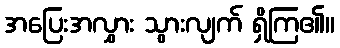
အပြေးအလွှား သွားလျက် ရှိကြ၏။